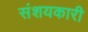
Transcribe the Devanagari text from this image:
संशयकारी